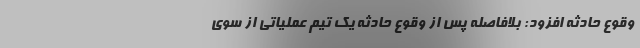
وقوع حادثه افزود: بلافاصله پس از وقوع حادثه یک تیم عملیاتی از سوی